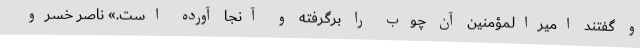
و گفتند امیرالمؤمنین آن چوب را برگرفته و آنجا آورده است.» ناصر خسرو